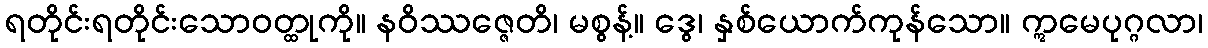
ရတိုင်းရတိုင်းသောဝတ္ထုကို။ နဝိဿဇ္ဇေတိ၊ မစွန့်။ ဒွေ၊ နှစ်ယောက်ကုန်သော။ ဣမေပုဂ္ဂလာ၊